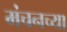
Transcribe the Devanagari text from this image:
मंचनच्या